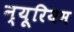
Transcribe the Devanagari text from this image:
न्यूरियम